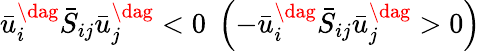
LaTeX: \bar{u}_{i}^{\dag}{{\bar{S}}_{ij}}\bar{u}_{j}^{\dag}<0\; \left({-\bar{u}_{i}^{\dag}{{\bar{S}}_{ij}}\bar{u}_{j}^{\dag}>0}\right)